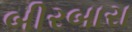
બીરબારા